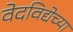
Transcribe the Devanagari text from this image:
वेदविद्येच्या